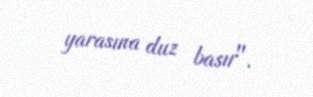
yarasına duz basır".